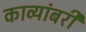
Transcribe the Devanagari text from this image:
काव्यांबरी